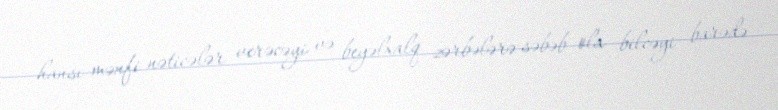
hansı mənfi nəticələr verəcəyi və beyəlxalq zərbələrə səbəb ola bilcəyi barədə